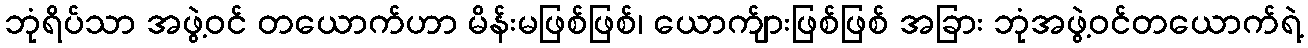
ဘုံရိပ်သာ အဖွဲ့ဝင် တယောက်ဟာ မိန်းမဖြစ်ဖြစ်၊ ယောက်ျားဖြစ်ဖြစ် အခြား ဘုံအဖွဲ့ဝင်တယောက်ရဲ့